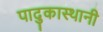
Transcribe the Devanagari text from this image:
पादुकास्थानी